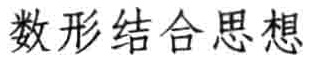
数形结合思想